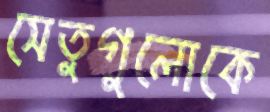
সেতুগুলোকে